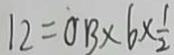
1 2 = O B \times 6 \times \frac { 1 } { 2 }